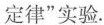
定律”实验。